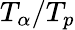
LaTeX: T_{\alpha}/T_{p}